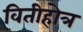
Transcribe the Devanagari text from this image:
वितीहोत्र